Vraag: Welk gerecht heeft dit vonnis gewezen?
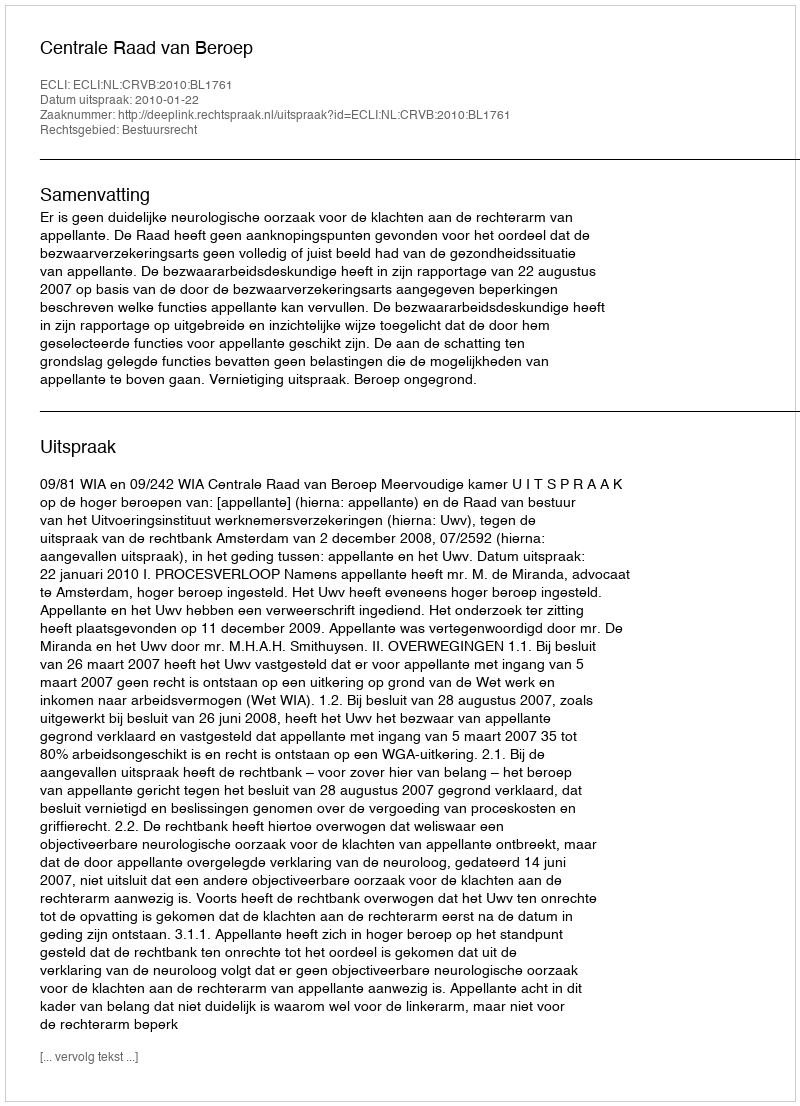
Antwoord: Centrale Raad van Beroep